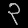
Digit: ၃